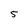
Character: 5